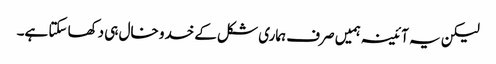
لیکن یہ آئینہ ہمیں صرف ہماری شکل کے خدو خال ہی دکھا سکتا ہے۔